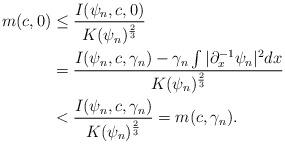
LaTeX: \begin{align*}m(c,0) &\leq \frac{I(\psi_n,c,0) }{K(\psi_n)^{\frac{2}{3}}}\\&=\frac{I(\psi_n,c,\gamma_n) -\gamma_n\int|\partial_x^{-1}\psi_n|^2dx}{K(\psi_n)^{\frac{2}{3}}}\\&< \frac{I(\psi_n,c,\gamma_n)}{K(\psi_n)^{\frac{2}{3}}} = m(c,\gamma_n).\end{align*}